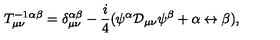
T _ { \mu \nu } ^ { - 1 } { } ^ { \alpha \beta } = \delta _ { \mu \nu } ^ { \alpha \beta } - \frac { i } { 4 } ( \psi ^ { \alpha } { \cal D } _ { \mu \nu } \psi ^ { \beta } + \alpha \leftrightarrow \beta ) ,